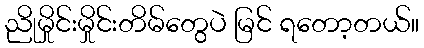
ညိုမှိုင်းမှိုင်းတိမ်တွေပဲ မြင် ရတော့တယ်။